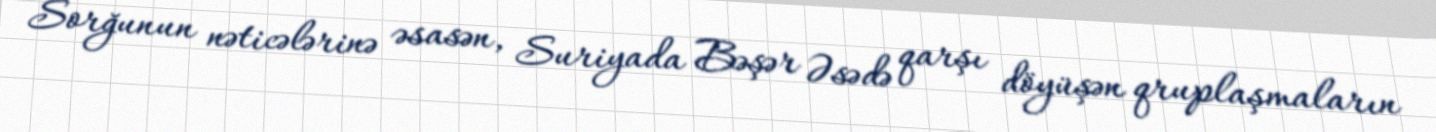
Sorğunun nəticələrinə əsasən, Suriyada Bəşər Əsədə qarşı döyüşən qruplaşmaların